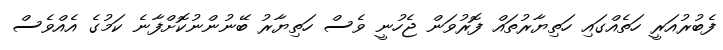
ފެބުރުއަރީ ހަތެއްގައި ހަތިޔާރުތައް ފޮރުވަން ޖެހުނީ ވެސް ހަތިޔާރު ބޭނުންނުކޮށްފާނެ ކަމުގެ އެއްވެސް